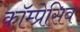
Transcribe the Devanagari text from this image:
कॉम्प्रेसिव